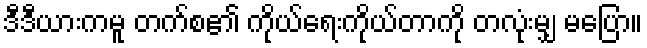
ဒီဒီယားကမူ တက်စ၏ ကိုယ်ရေးကိုယ်တာကို တလုံးမျှ မပြော။